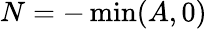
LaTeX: N=-\operatorname*{min}(A,0)